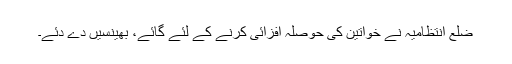
ضلع انتظامیہ نے خواتین کی حوصلہ افزائی کرنے کے لئے گائے، بھینسیں دے دئے۔